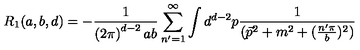
R _ { 1 } ( a , b , d ) = - \frac { 1 } { \left( 2 \pi \right) ^ { d - 2 } a b } \sum _ { n ^ { \prime } = 1 } ^ { \infty } \int d ^ { d - 2 } p \frac { 1 } { ( \vec { p } ^ { 2 } + m ^ { 2 } + ( \frac { n ^ { \prime } \pi } { b } ) ^ { 2 } ) }